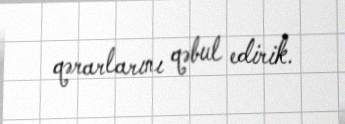
qərarlarını qəbul edirik.